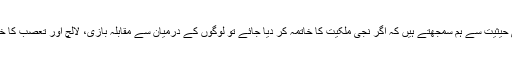
مارکسسٹ ہونے کی حیثیت سے ہم سمجھتے ہیں کہ اگر نجی ملکیت کا خاتمہ کر دیا جائے تو لوگوں کے درمیان سے مقابلہ بازی، لالچ اور تعصب کا خاتمہ کیا جاسکتا ہے۔